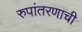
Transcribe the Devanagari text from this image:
रुपांतरणाची